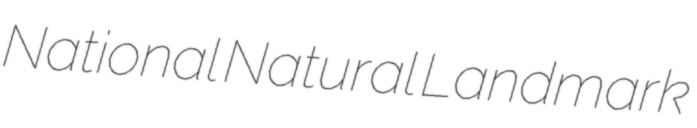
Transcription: National Natural Landmark